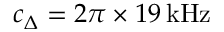
c _ { \Delta } = 2 \pi \times 1 9 \, \mathrm { k H z }